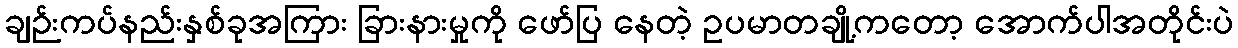
ချဉ်းကပ်နည်းနှစ်ခုအကြား ခြားနားမှုကို ဖော်ပြ နေတဲ့ ဥပမာတချို့ကတော့ အောက်ပါအတိုင်းပဲ